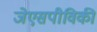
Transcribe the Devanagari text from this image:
जेएसपीविकी